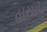
હારખોદ